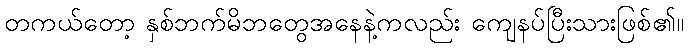
တကယ်တော့ နှစ်ဘက်မိဘတွေအနေနဲ့ကလည်း ကျေနပ်ပြီးသားဖြစ်၏။